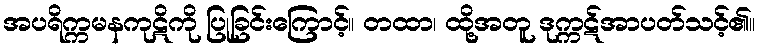
အပရိက္ကမနကုဋိကို ပြုခြင်းကြောင့်။ တထာ၊ ထို့အတူ ဒုက္ကဋ်အာပတ်သင့်၏။